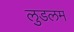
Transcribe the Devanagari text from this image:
लुडलम